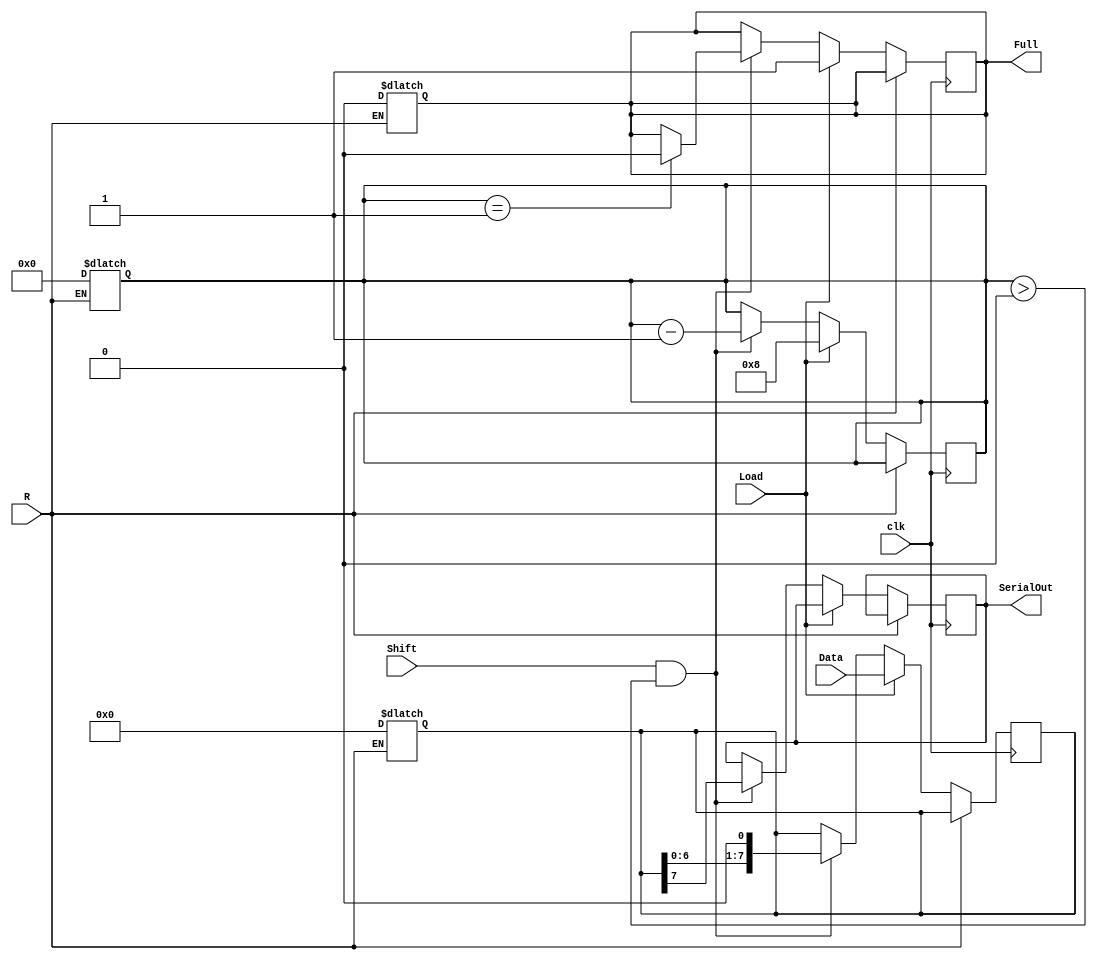
module PISO_Register #(parameter WIDTH = 8) (
    input wire Load,        // Load control signal
    input wire [WIDTH-1:0] Data, // Parallel data input
    input wire Shift,       // Shift control signal
    input wire clk,         // Clock signal
    input wire R,           // Asynchronous reset signal
    output reg SerialOut,   // Serial output
    output reg Full         // Full indicator
);

    reg [WIDTH-1:0] shift_reg; // Internal shift register
    reg [3:0] bit_count;        // Count for the number of bits shifted out

    // Asynchronous reset
    always @(*) begin
        if (R) begin
            shift_reg = 0;
            bit_count = 0;
            Full = 0;
        end
    end

    // Synchronous logic for loading and shifting
    always @(posedge clk) begin
        if (!R) begin  // Check for reset
            if (Load) begin
                shift_reg <= Data;    // Load data into the register
                Full <= 1;            // Register is now full
                bit_count <= WIDTH;   // Set bit count to the width of data
            end
            else if (Shift && bit_count > 0) begin
                SerialOut <= shift_reg[WIDTH-1]; // Output MSB
                shift_reg <= shift_reg << 1;     // Shift left
                bit_count <= bit_count - 1;       // Decrement bit count
                if (bit_count == 1) begin
                    Full <= 0; // All bits have been shifted out
                end
            end
        end
    end
endmodule